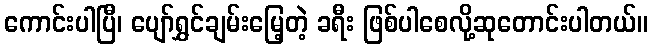
ကောင်းပါပြီ၊ ပျော်ရွှင်ချမ်းမြေ့တဲ့ ခရီး ဖြစ်ပါစေလို့ဆုတောင်းပါတယ်။